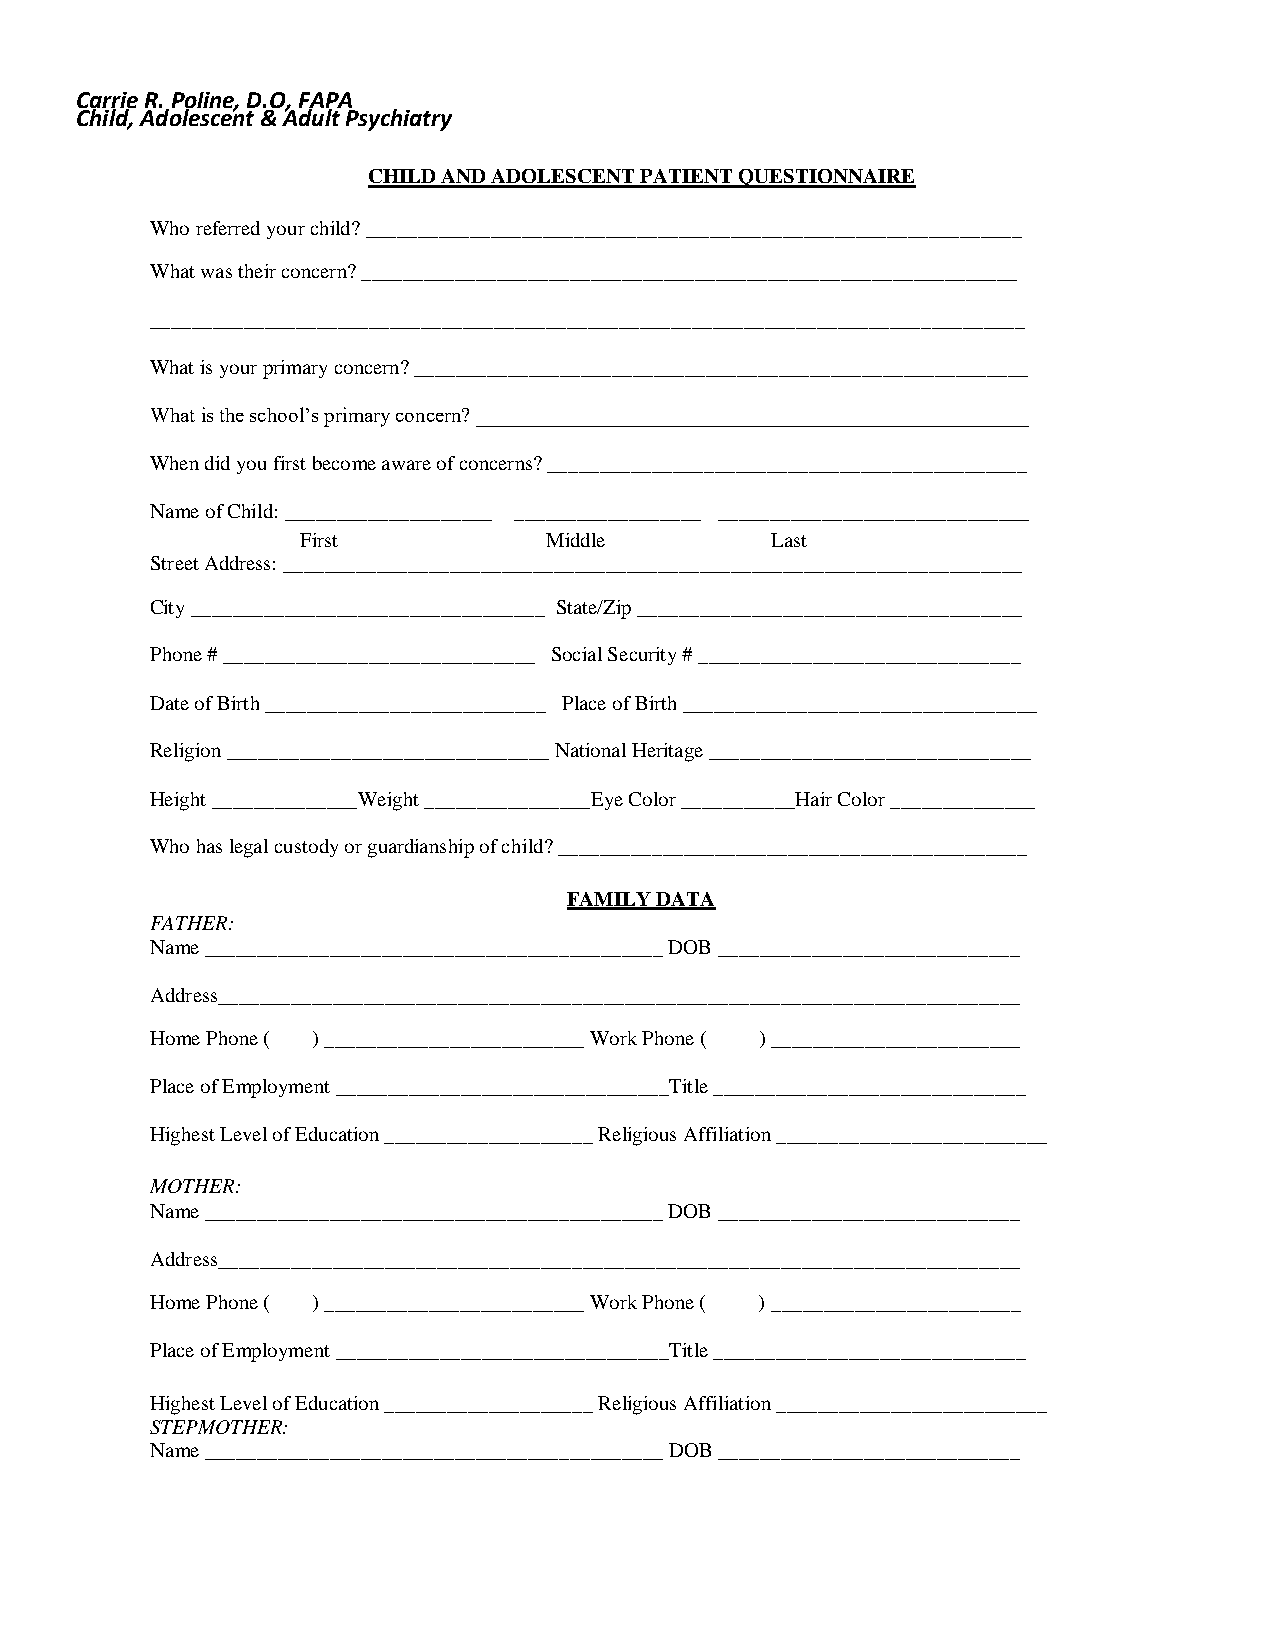
Carrie R. Poline, D.O, FAPA
 Child, Adolescent & Adult Psychiatry
 CHILD AND ADOLESCENT PATIENT QUESTIONNAIRE
 Who referred your child? _______________________________________________________________
 What was their concern? _______________________________________________________________
 ____________________________________________________________________________________
 What is your primary concern? ___________________________________________________________
 What is the school’s primary concern? _____________________________________________________
 When did you first become aware of concerns? ______________________________________________
 Name of Child: ____________________ __________________ ______________________________
 First           Middle         Last
 Street Address: _______________________________________________________________________
 City __________________________________ State/Zip _____________________________________
 Phone # ______________________________ Social Security # _______________________________
 Date of Birth ___________________________ Place of Birth __________________________________
 Religion _______________________________ National Heritage _______________________________
 Height ______________Weight ________________Eye Color ___________Hair Color ______________
 Who has legal custody or guardianship of child? _____________________________________________
 FAMILY DATA
 FATHER:
 Name ____________________________________________ DOB _____________________________
 Address_____________________________________________________________________________
 Home Phone ( ) _________________________ Work Phone ( ) ________________________
 Place of Employment ________________________________Title ______________________________
 Highest Level of Education ____________________ Religious Affiliation __________________________
 MOTHER:
 Name ____________________________________________ DOB _____________________________
 Address_____________________________________________________________________________
 Home Phone ( ) _________________________ Work Phone ( ) ________________________
 Place of Employment ________________________________Title ______________________________
 Highest Level of Education ____________________ Religious Affiliation __________________________
 STEPMOTHER:
 Name ____________________________________________ DOB _____________________________